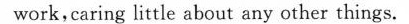
work,caring little about any other things.